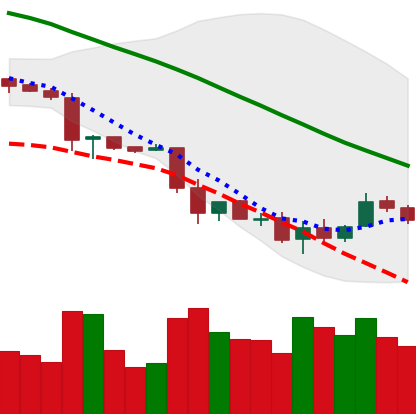
Ticker: LTC-USD
Chart end date: 2018-11-30
Forward return: -8.637%
Label: down_7plus